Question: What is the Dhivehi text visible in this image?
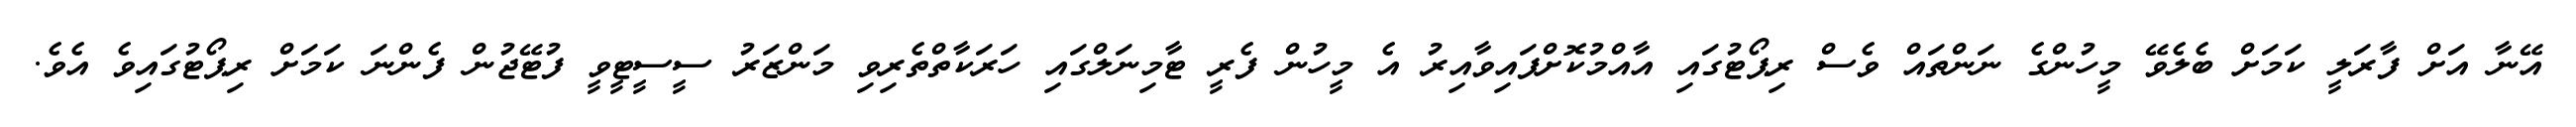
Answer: އޭނާ އަށް ފާރަލީ ކަމަށް ބެލެވޭ މީހުންގެ ނަންތައް ވެސް ރިޕޯޓުގައި އާއްމުކޮށްފައިވާއިރު އެ މީހުން ފެރީ ޓާމިނަލްގައި ހަރަކާތްތެރިވި މަންޒަރު ސީސީޓީވީ ފުޓޭޖުން ފެންނަ ކަމަށް ރިޕޯޓުގައިވެ އެވެ.